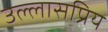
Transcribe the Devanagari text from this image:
उल्लासप्रिय